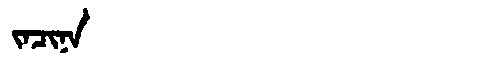
Manchu: ᠵᠠᠴᡳᠨᠠ
Romanization: JACINA